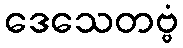
ဒေသေတဗ္ဗံ